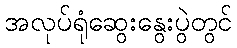
အလုပ်ရုံဆွေးနွေးပွဲတွင်